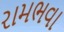
રામભવા